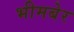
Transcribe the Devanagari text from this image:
भीमबेर